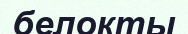
белокты